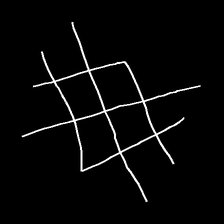
Glyph: crystal